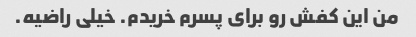
من این کفش رو برای پسرم خریدم. خیلی راضیه.